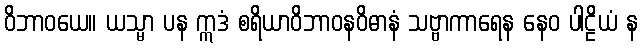
ဝိဘာဝယေ။ ယသ္မာ ပန ဣဒံ စရိယာဝိဘာဝနဝိဓာနံ သဗ္ဗာကာရေန နေဝ ပါဠိယံ န